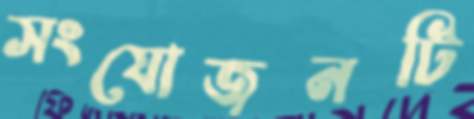
সংযোজনটি